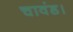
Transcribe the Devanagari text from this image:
चावंड।